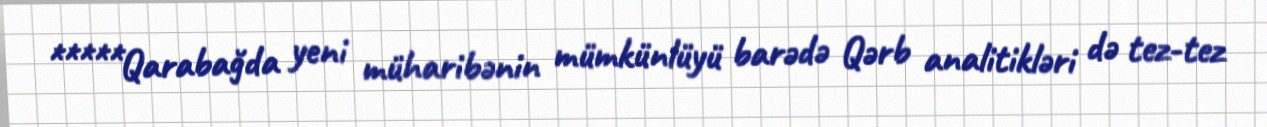
*****Qarabağda yeni müharibənin mümkünlüyü barədə Qərb analitikləri də tez-tez